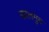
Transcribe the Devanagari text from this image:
कालमुम